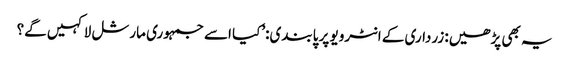
یہ بھی پڑھیں: زرداری کے انٹرویو پر پابندی:’کیا اسے جمہوری مارشل لا کہیں گے؟